Scottish assistants in French schools and colleges, 1932
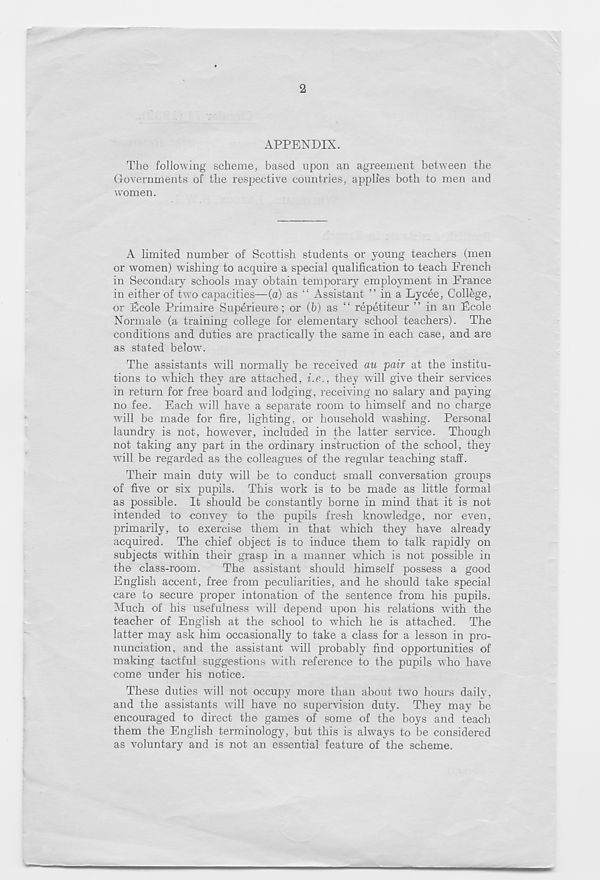
2
APPENDIX.
The following scheme, based upon an agreement between the
Governments of the respective countries, applies both to men and
women.
A limited number of Scottish students or young teachers (men
or women) wishing to acquire a special qualification to teach French
in Secondary schools may obtain temporary employment in France
in either of two capacities—(a) as “ Assistant ” in a Lycee, College,
or Fcole Primaire Superieure; or (b) as “ repetiteur ” in an Ecole
Normal© (a training college for elementary school teachers). The
conditions and duties are practically the same in each case, and are
as stated below.
The assistants will normally be received cm pair at the institu-
tions to which they are attached, i.e., they will give their services
in return for free board and lodging, receiving no salary and paying-
no fee. Each will have a separate room to himself and no charge
will be made for fire, lighting, or household washing. Personal
laundry is not, however, included in the latter service. Though
not taking any part in the ordinary instruction of the school, they
will be regarded as the colleagues of the regular teaching staff.
Their main duty will be to conduct small conversation groups
of five or six pupils. This work is to be made as little formal
as possible. It should be constantly borne in mind that it is not
intended to convey to the pupils fresh knowledge, nor even,
primarily, to exercise them in that which they have already
acquired. The chief object is to induce them to talk rapidly on
subjects within their grasp in a manner which is not possible in
the class-room.
The assistant should himself possess a good
English accent, free from peculiarities, and he should take special
care to secure proper intonation of the sentence from his pupils.
Much of his usefulness will depend upon his relations with the
teacher of English at the school to which he is attached. The
latter may ask him occasionally to take a class for a lesson in pro-
nunciation, and the assistant will probably find opportunities of
making tactful suggestions with reference to the pupils who have
come under his notice.
These duties will not occupy more than about two hours daily,
and the assistants will have no supervision duty. They may be
encouraged to direct the games of some of the boys and teach
them the English terminology, but this is always to be considered
as voluntary and is not an essential feature of the scheme.